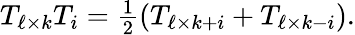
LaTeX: \begin{array}{r}{T_{\ell\times k}T_{i}=\frac{1}{2}(T_{\ell\times k+i}+T_{\ell\times k-i}).}\end{array}